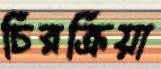
চিরক্রিয়া